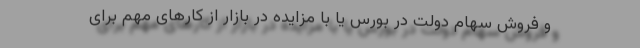
و فروش سهام دولت در بورس یا با مزایده در بازار از کارهای مهم برای